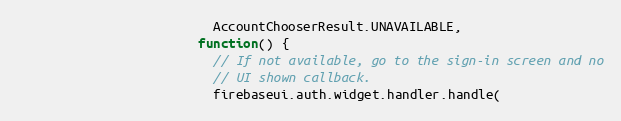
Language: JavaScript
                          AccountChooserResult.UNAVAILABLE,
                        function() {
                          // If not available, go to the sign-in screen and no
                          // UI shown callback.
                          firebaseui.auth.widget.handler.handle(